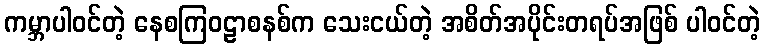
ကမ္ဘာပါဝင်တဲ့ နေစကြဝဠာစနစ်က သေးငယ်တဲ့ အစိတ်အပိုင်းတရပ်အဖြစ် ပါဝင်တဲ့